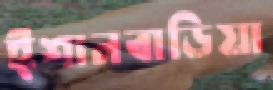
ঈশানবাড়িয়া